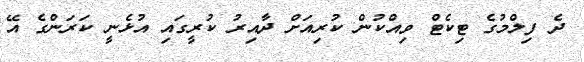
ދެ ފިލްމުގެ ޓިކެޓް ވިއްކުން ކުރިއަށް ދާއިރު ކުރީގައި އުޅެނީ ކަރަންގެ އޭ